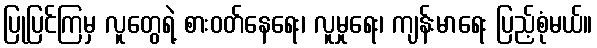
ပြုပြင်ကြမှ လူတွေရဲ့ စားဝတ်နေရေး၊ လူမှုရေး၊ ကျန်းမာရေး ပြည့်စုံမယ်။